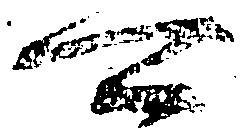
可